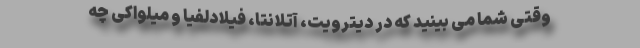
وقتی شما می بینید که در دیترویت، آتلانتا، فیلادلفیا و میلواکی چه